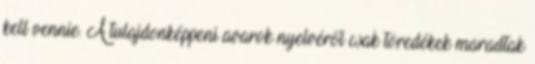
kell vennie. A tulajdonképpeni avarok nyelvéről csak töredékek maradtak